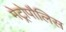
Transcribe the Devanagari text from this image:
मेट्रोपौलिस